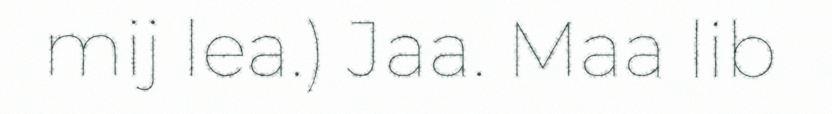
mij lea.) Jaa. Maa lib